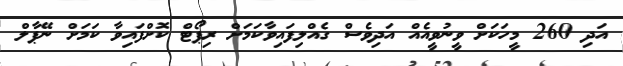
އަދި 260 މީހަކަށް ވީނުވީއެއް އަދިވެސް ގެއްލިފައިވާކަމަށް ރިޕޯޓް ކޮށްފައިވާ ކަމަށް ނޭޕާލް